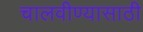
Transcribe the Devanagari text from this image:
चालवीण्यासाठी